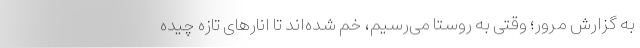
به گزارش مرور؛ وقتی به روستا می‌رسیم، خم شده‌اند تا انارهای تازه چیده